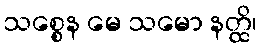
သစ္စေန မေ သမော နတ္ထိ၊